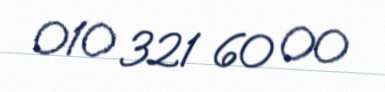
010 321 60 00